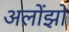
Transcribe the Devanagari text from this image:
अलोंझो